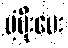
ပံ့ပိုးပေး